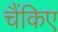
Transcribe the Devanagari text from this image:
चैंकिए